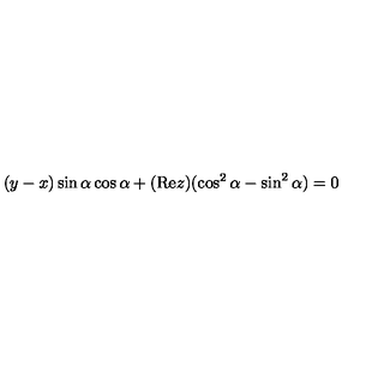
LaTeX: ( y - x ) \sin \alpha \cos \alpha + ( \mathrm { R e } z ) ( \cos ^ { 2 } \alpha - \sin ^ { 2 } \alpha ) = 0